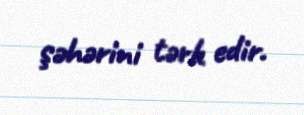
şəhərini tərk edir.